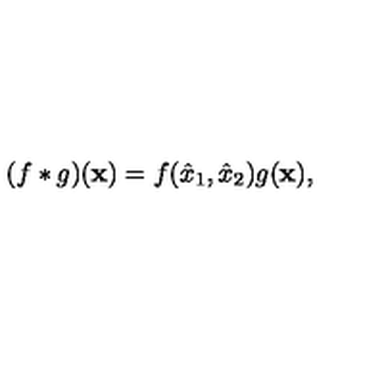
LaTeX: ( f * g ) ( \mathbf { x } ) = f ( \hat { x } _ { 1 } , \hat { x } _ { 2 } ) g ( \mathbf { x } ) ,